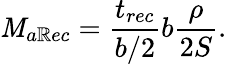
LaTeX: \mathit{M}_{a\mathbb{R}ec}=\frac{{t_{rec}}}{{b/2}}b\frac{{\rho}}{{2S}}.